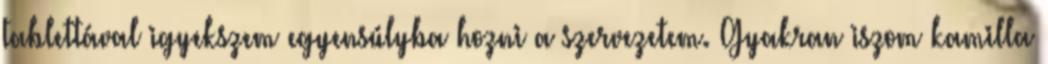
tablettával igyekszem egyensúlyba hozni a szervezetem. Gyakran iszom kamilla